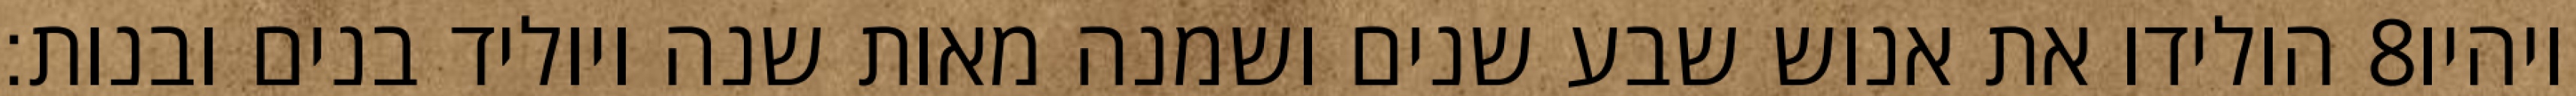
הולידו את אנוש שבע שנים ושמנה מאות שנה ויוליד בנים ובנות׃ ‎8‏ ויהיו